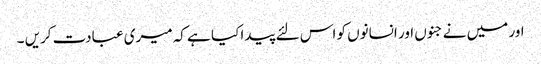
اور میں نے جنوں اور انسانوں کو اس لئے پیدا کیا ہے کہ میری عبادت کریں ۔